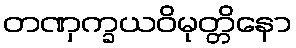
တဏှက္ခယဝိမုတ္တိနော